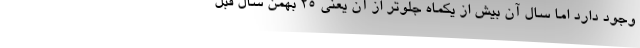
وجود دارد اما سال آن بیش از یکماه جلوتر از آن یعنی ۲۵ بهمن سال قبل